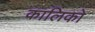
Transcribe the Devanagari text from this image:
कालिको